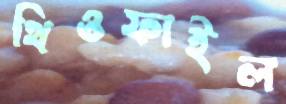
থিওফাইল